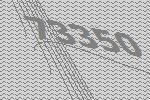
73350